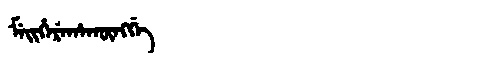
Manchu: ᠮᡝᡳᡥᡝᡵᡝᡥᠠᡴᡡᠩᡤᡝ
Romanization: MEIHEREHAKŪNGGE